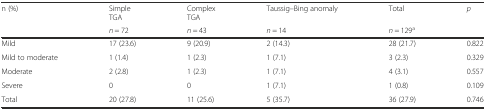
<table><thead><tr><td rowspan="2"><b>n (%)</b></td><td><b>SimpleTGA</b></td><td><b>ComplexTGA</b></td><td><b>Taussig–Bing anomaly</b></td><td><b>Total</b></td><td rowspan="2"><b><i>p</i></b></td></tr><tr><td><b><i>n</i> = 72</b></td><td><b><i>n</i> = 43</b></td><td><b><i>n</i> = 14</b></td><td><b><i>n</i> = 129<sup>a</sup></b></td></tr></thead><tbody><tr><td>Mild</td><td>17 (23.6)</td><td>9 (20.9)</td><td>2 (14.3)</td><td>28 (21.7)</td><td>0.822</td></tr><tr><td>Mild to moderate</td><td>1 (1.4)</td><td>1 (2.3)</td><td>1 (7.1)</td><td>3 (2.3)</td><td>0.329</td></tr><tr><td>Moderate</td><td>2 (2.8)</td><td>1 (2.3)</td><td>1 (7.1)</td><td>4 (3.1)</td><td>0.557</td></tr><tr><td>Severe</td><td>0</td><td>0</td><td>1 (7.1)</td><td>1 (0.8)</td><td>0.109</td></tr><tr><td>Total</td><td>20 (27.8)</td><td>11 (25.6)</td><td>5 (35.7)</td><td>36 (27.9)</td><td>0.746</td></tr></tbody></table>